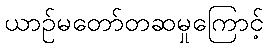
ယာဉ်မတော်တဆမှုကြောင့်